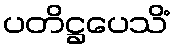
ပတိဋ္ဌပေသိံ